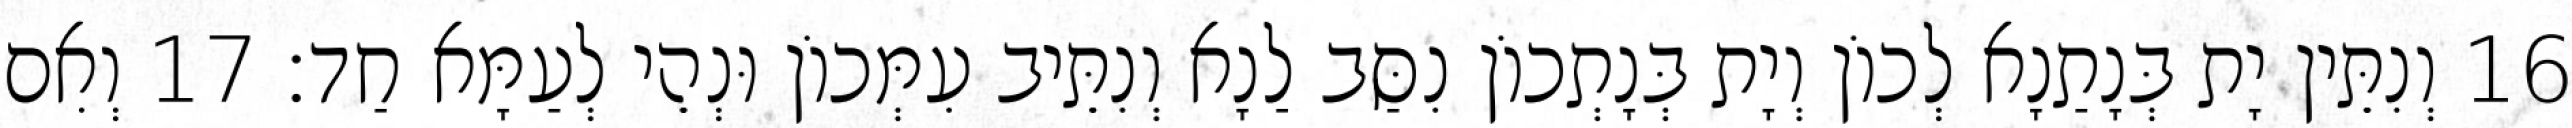
16 וְנִתֵּין יָת בְּנָתַנָא לְכוֹן וְיָת בְּנָתְכוֹן נִסַּב לַנָא וְנִתֵּיב עִמְּכוֹן וּנְהֵי לְעַמָּא חַד׃ 17 וְאִם